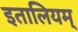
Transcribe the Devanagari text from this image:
इतालियम्